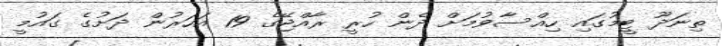
ތިނަދޫ ޓީމުގައި ހިއްސާވުމަށް ދެން ހުރީ ރާއްޖޭގެ 19 އަހަރުން ދަށުގެ ގައުމީ